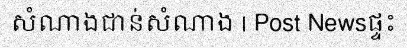
សំណាងជាន់សំណាង | Post Newsផ្ទះ